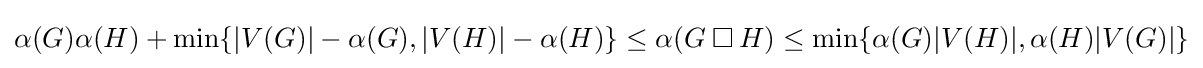
\alpha (G)\alpha (H)+\min\{|V(G)|-\alpha (G),|V(H)|-\alpha (H)\}\leq \alpha (G\mathbin {\square } H)\leq \min\{\alpha (G)|V(H)|,\alpha (H)|V(G)|\}